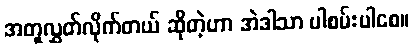
အတူလွှတ်လိုက်တယ် ဆိုတဲ့ဟာ အဲဒါသာ ပါစမ်းပါစေ။